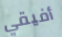
أفيقي